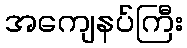
အကျေနပ်ကြီး